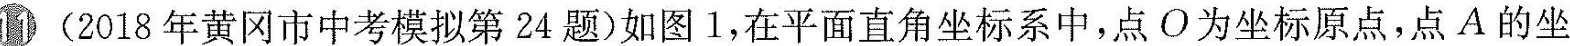
⑪(2018年黄冈市中考模拟第24题)如图1，在平面直角坐标系中，点O为坐标原点，点A的坐